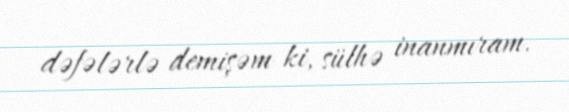
dəfələrlə demişəm ki, sülhə inanmıram.